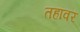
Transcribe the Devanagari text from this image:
तहांवर